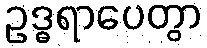
ဥဒ္ဓရာပေတွာ